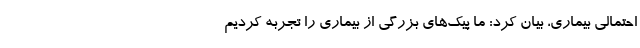
احتمالی بیماری، بیان کرد: ما پیک‌های بزرگی از بیماری را تجربه کردیم